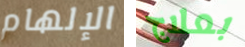
الإلهام بعلاج